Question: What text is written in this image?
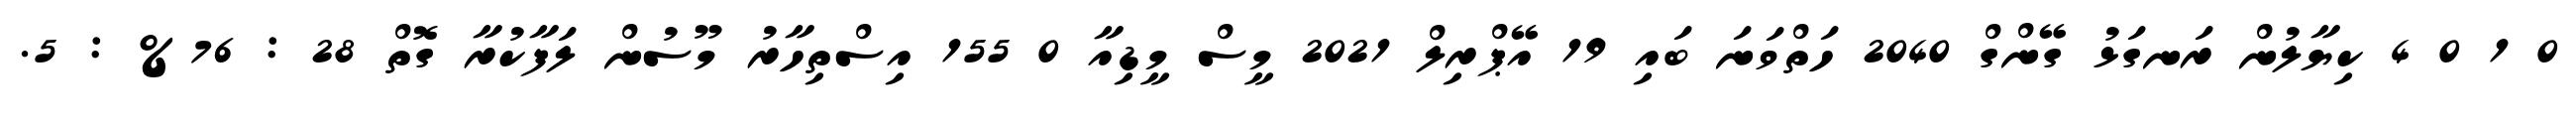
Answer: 0 1 0 4 ކިޔާލުން ރަނގަޅު ގޭންގް 2040 ހަތްވަނަ ބައި 19 އޭޕްރިލް 2021 މީސް މީޑިއާ 0 155 އިސްތިހާރު މޫސުން ލަފާކުރާ ގޮތް 28 : 76% : 5.